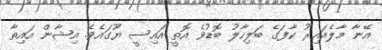
އޭނާ މާލެއައިރު ކާފަގެ ބަލިހާލު ބޮޑުވެ އޮތީ އައިސީ ޔޫގައެވެ. އިޝާން އައިތާ